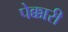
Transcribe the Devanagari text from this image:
पेक्कारी